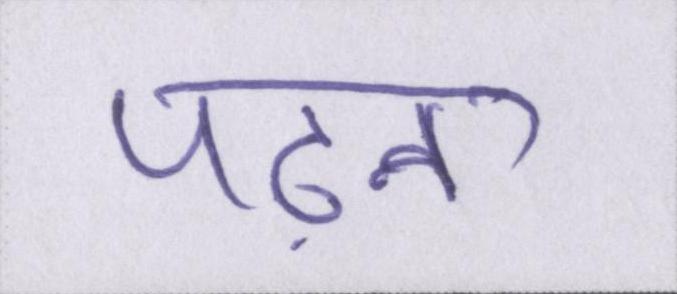
पढ़ना